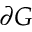
\partial G